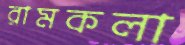
রামকলা